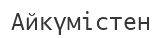
Айкүмістен